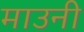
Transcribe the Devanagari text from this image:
माउनी